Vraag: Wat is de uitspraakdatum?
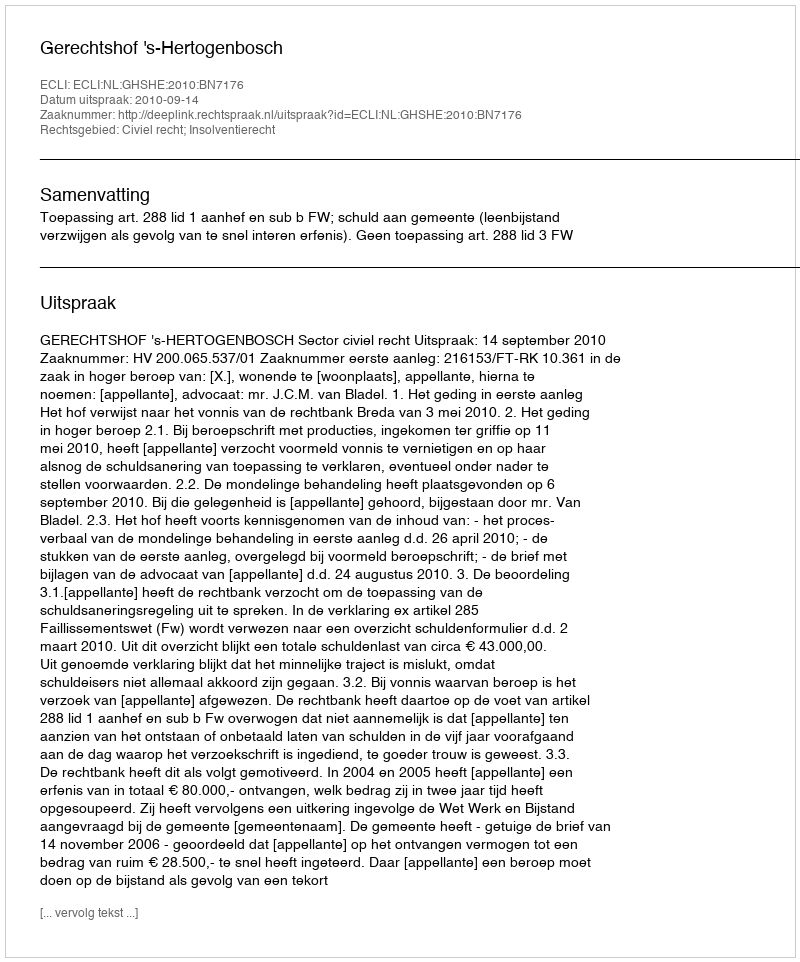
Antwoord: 2010-09-14